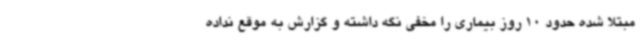
مبتلا شده حدود 10 روز بیماری را مخفی نگه داشته و گزارش به موقع نداده